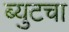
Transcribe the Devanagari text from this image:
ब्युटचा